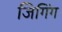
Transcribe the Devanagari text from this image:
जिगिंग